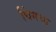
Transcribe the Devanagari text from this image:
चिंगचा